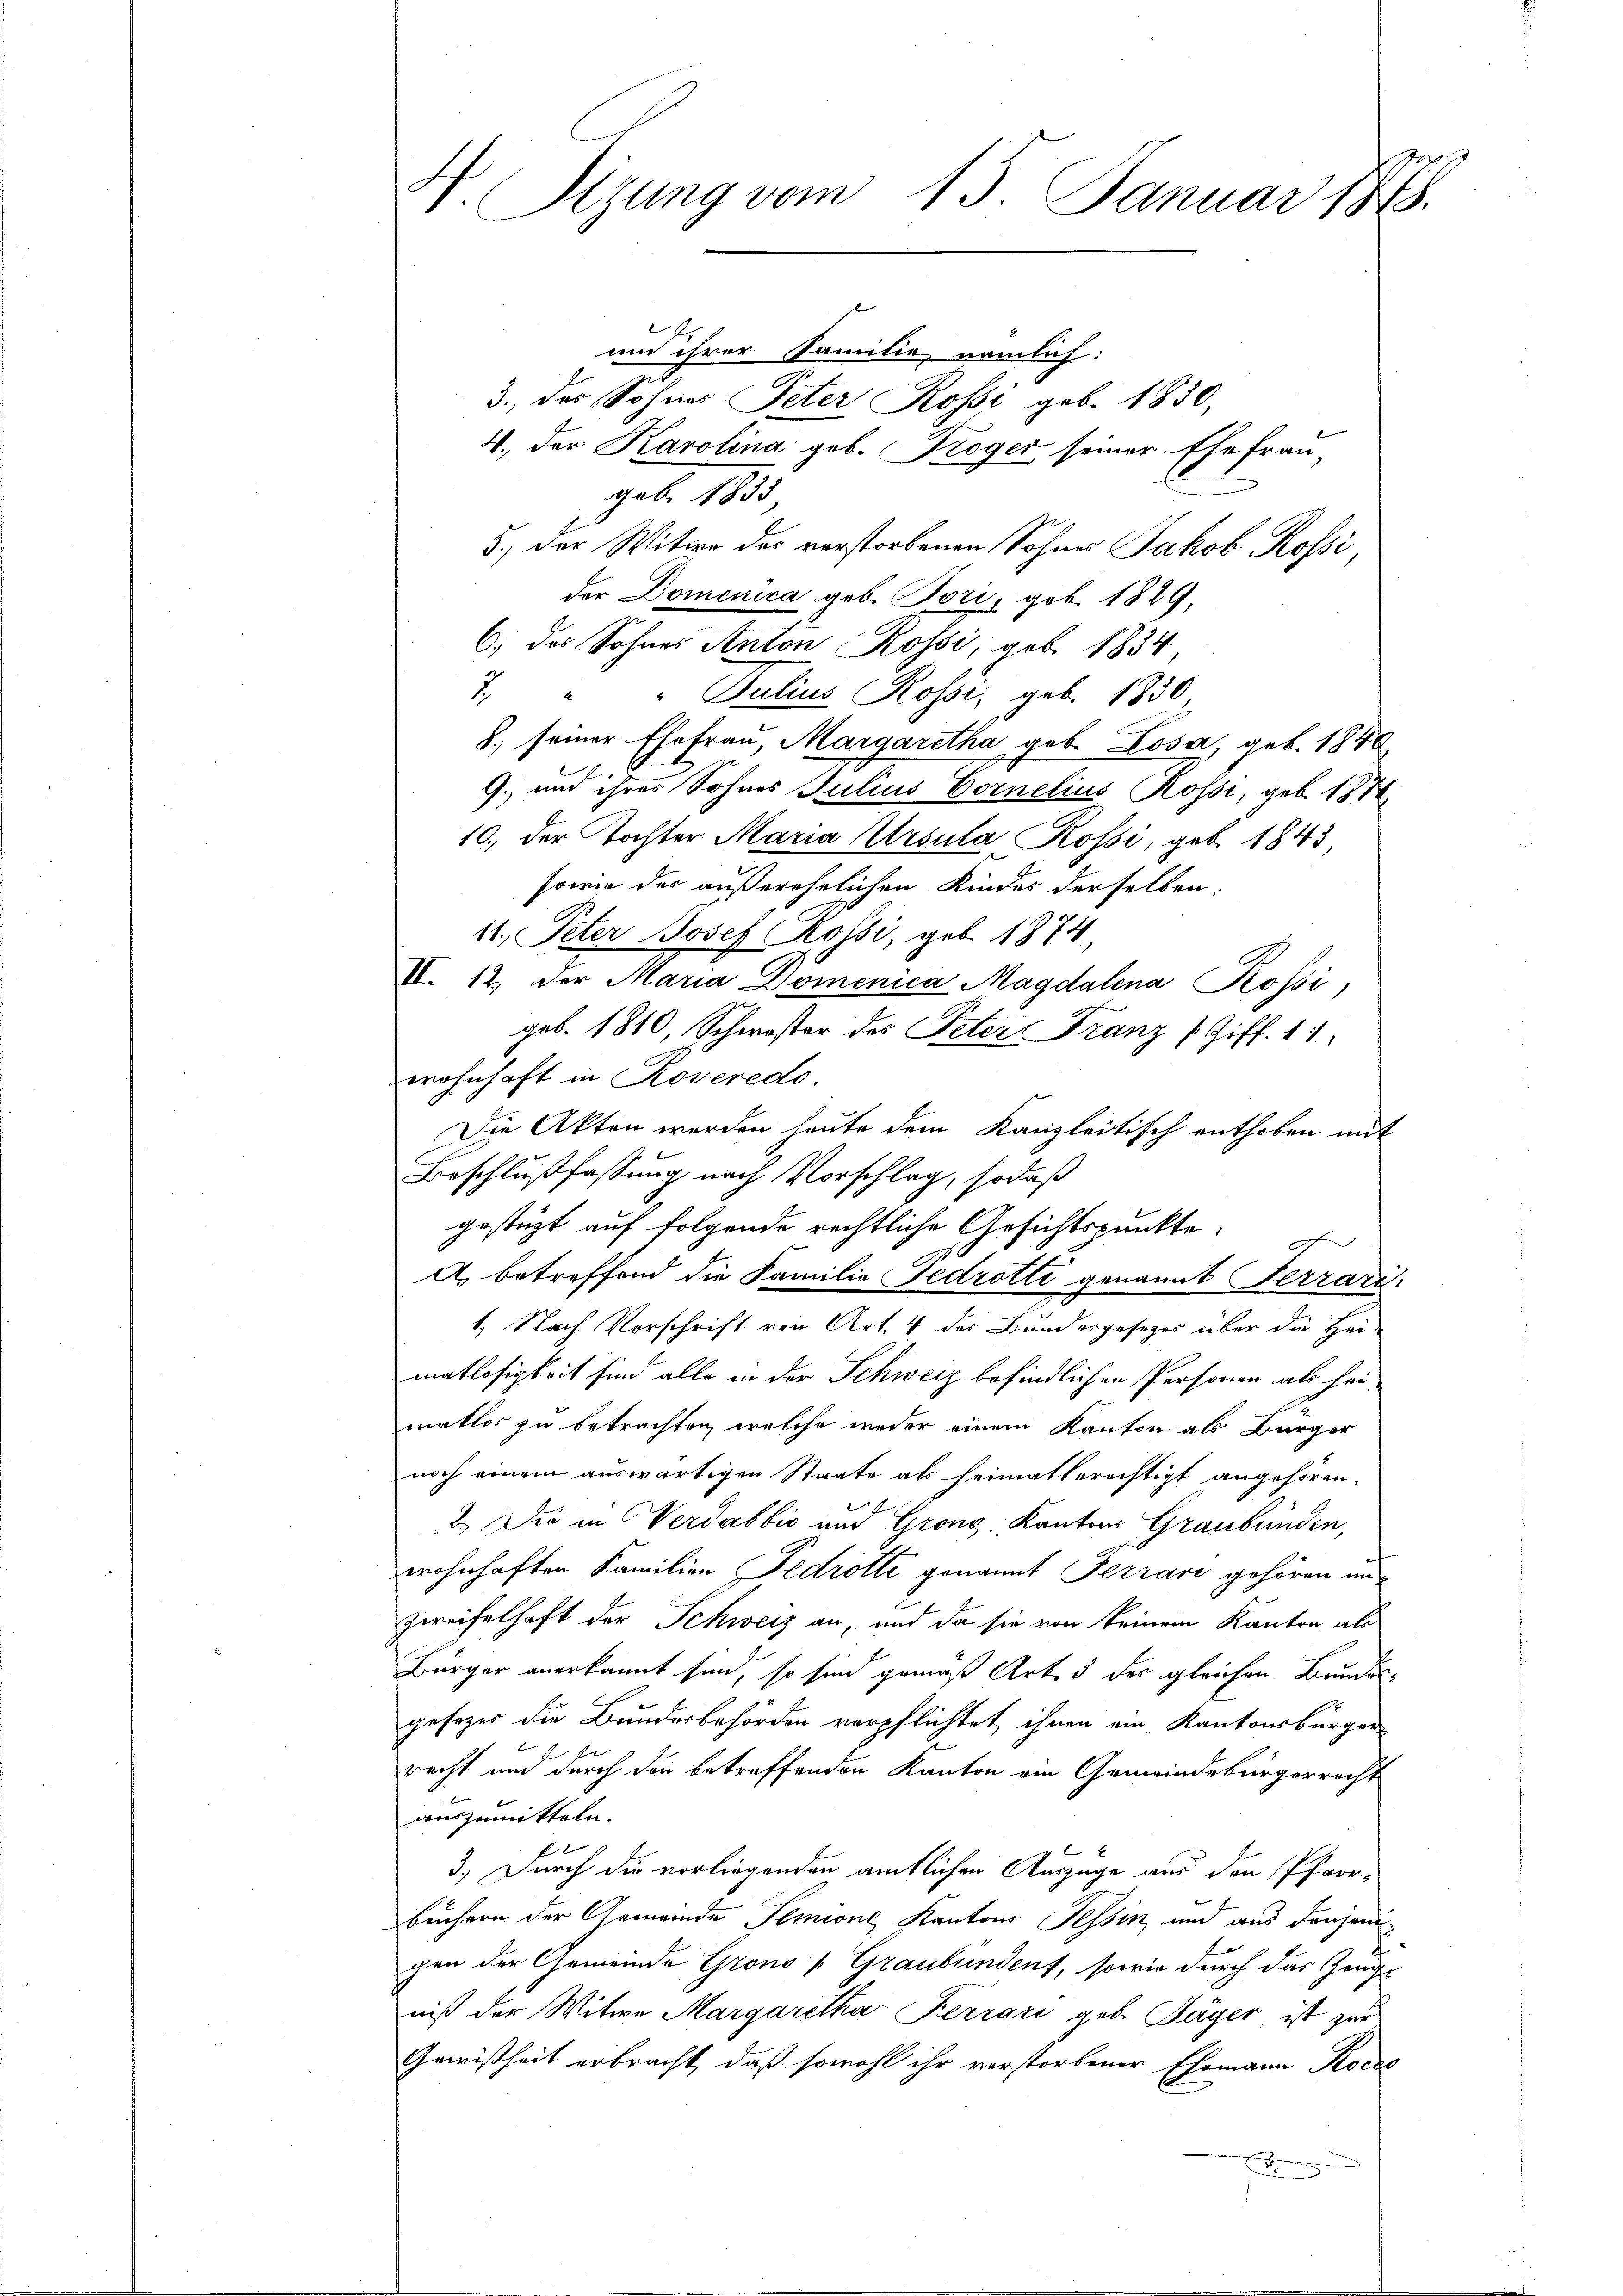
N. Sizung vom 15. Januar 1888.

und ihrer Familie, nämlich:
3., des Sohnes Peter Rossi geb. 1850,
4., der Karolina geb. Troger seiner Ehefrau,
geb. 183
3.) Der Witwe des verstorbenen Sohnes Jakob Rossi,
der Domenica geb. Bori, geb. 1829,
6) das Sohnes Anton Rossi, geb. 1834,
7. " " Pulius Rossi, geb. 1830
8. seiner Ehefrau, Margaretha geb. Losa, geb. 1840,
“
9. und ihres Sohnes Julius Cornelius Rossi, geb. 1874.
10. der Tochter Maria Ursula Rossi, geb. 1843
sowie der außerehelichen Kindes derselben:
11. Peter Josef Rossi, geb. 1874
IV. 12. der Maria Domenica Magdalena Rossi,
geb. 1810, Schwister des Peter Franz (Ziff. 11
wohnhaft in Roveredo.
Die Akten werden heute dem Kanzleitisch enthoben mit
Beschlußfassung nach Vorschlag, sodaß
gestüzt auf folgende rechtliche Gesichtspunkte:
A. betreffend die Familie Fedrotti genannt Terrari
1.) Nach Vorschrift von Art. 4 des Bundergesezes über die Hei-
matlosigkeit sind alle in der Schweiz befindlichen Personen als heimatlos zu betrachten, welche weder einem Kanton als Bürger
noch einem auswärtigen Staate als heimatberechtigt angehören.
2.) Die in Verdabbić und Grong. Kantons Graubünden,
wohnhaften Familien Pedrotti genannt Terrari gehören un
zweifelhaft der Schweiz an, und da sie von keinem Kanton als
Bürger anerkannt sind, so sind gemäß Art. 3 der gleichen Bundes
gesezes die Bundesbehörden verpflichtet, ihnen ein Kantonsbürger-
d
recht um durch der betreffenden Kanton ein Gemeindebürgerrecht
auszumitteln.
xx
3.) Durch die vorliegenden amtlichen Auszüge aus den Pfarr-
Büchern der Gemeinde Semine Kantons Tessin, und aus denjeni
gen der Gemeinde Grono (Graubünden, sowie durch das Zeugniß der Witwe Margaretha Ferrari geb. Täger ist zur
Gewißheit erbracht, daß sowohl ihr verstorbener Ehemann Koche
.